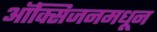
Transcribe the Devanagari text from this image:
ऑक्सिजनमधून